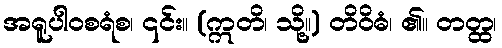
အရူပါဝစရံစ၊ ၎င်း။ (ဣတိ၊ သို့။) တိဝိဓံ၊ ၏။ တတ္ထ၊